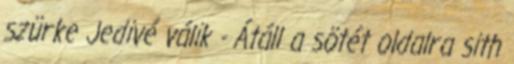
szürke Jedivé válik - Átáll a sötét oldalra sith